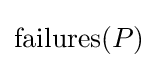
\mathrm {failures} (P)